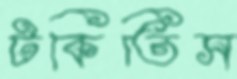
টকিতিস